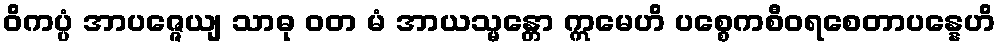
ဝိကပ္ပံ အာပဇ္ဇေယျ သာဓု ဝတ မံ အာယသ္မန္တော ဣမေဟိ ပစ္စေကစီဝရစေတာပန္နေဟိ